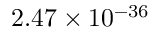
2 . 4 7 \times 1 0 ^ { - 3 6 }